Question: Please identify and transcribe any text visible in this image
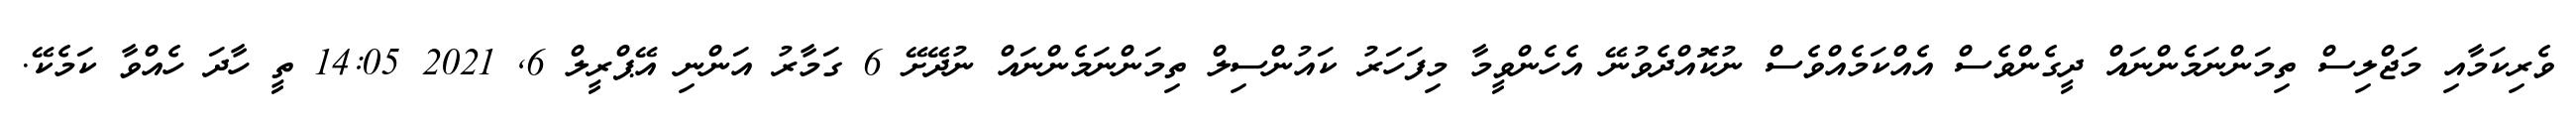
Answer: ވެރިކަމާއި މަޖްލިސް ތިމަންނަމެންނައް ދީގެންވެސް އެއްކަމެއްވެސް ނުކޮއްދެވުނޭ އެހެންވީމާ މިފަހަރު ކައުންސިލް ތިމަންނަމެންނައް ނުދޭށޭ 6 ގަމާރު އަންނި އޭޕްރީލް 6, 2021 14:05 ތީ ހާދަ ހެއްވާ ކަމެކޭ.